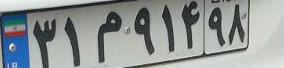
۳۱م۹۱۴۹۸